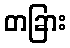
တခြား